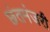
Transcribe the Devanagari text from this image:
छंतमंजरी